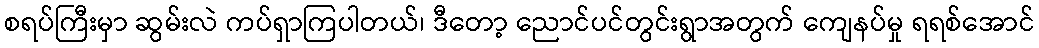
စရပ်ကြီးမှာ ဆွမ်းလဲ ကပ်ရှာကြပါတယ်၊ ဒီတော့ ညောင်ပင်တွင်းရွာအတွက် ကျေနပ်မှု ရရစ်အောင်